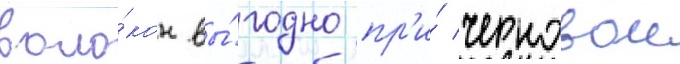
воло́кон вы́годно пр'и́ черновои